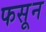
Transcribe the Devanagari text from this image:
फसून